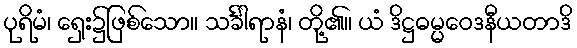
ပုရိမံ၊ ရှေး၌ဖြစ်သော။ သင်္ခါရာနံ၊ တို့၏။ ယံ ဒိဋ္ဌဓမ္မဝေဒနီယတာဒိ